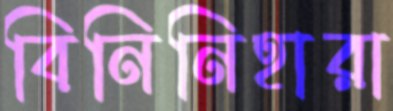
বিনিনিহারা